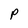
Character: p